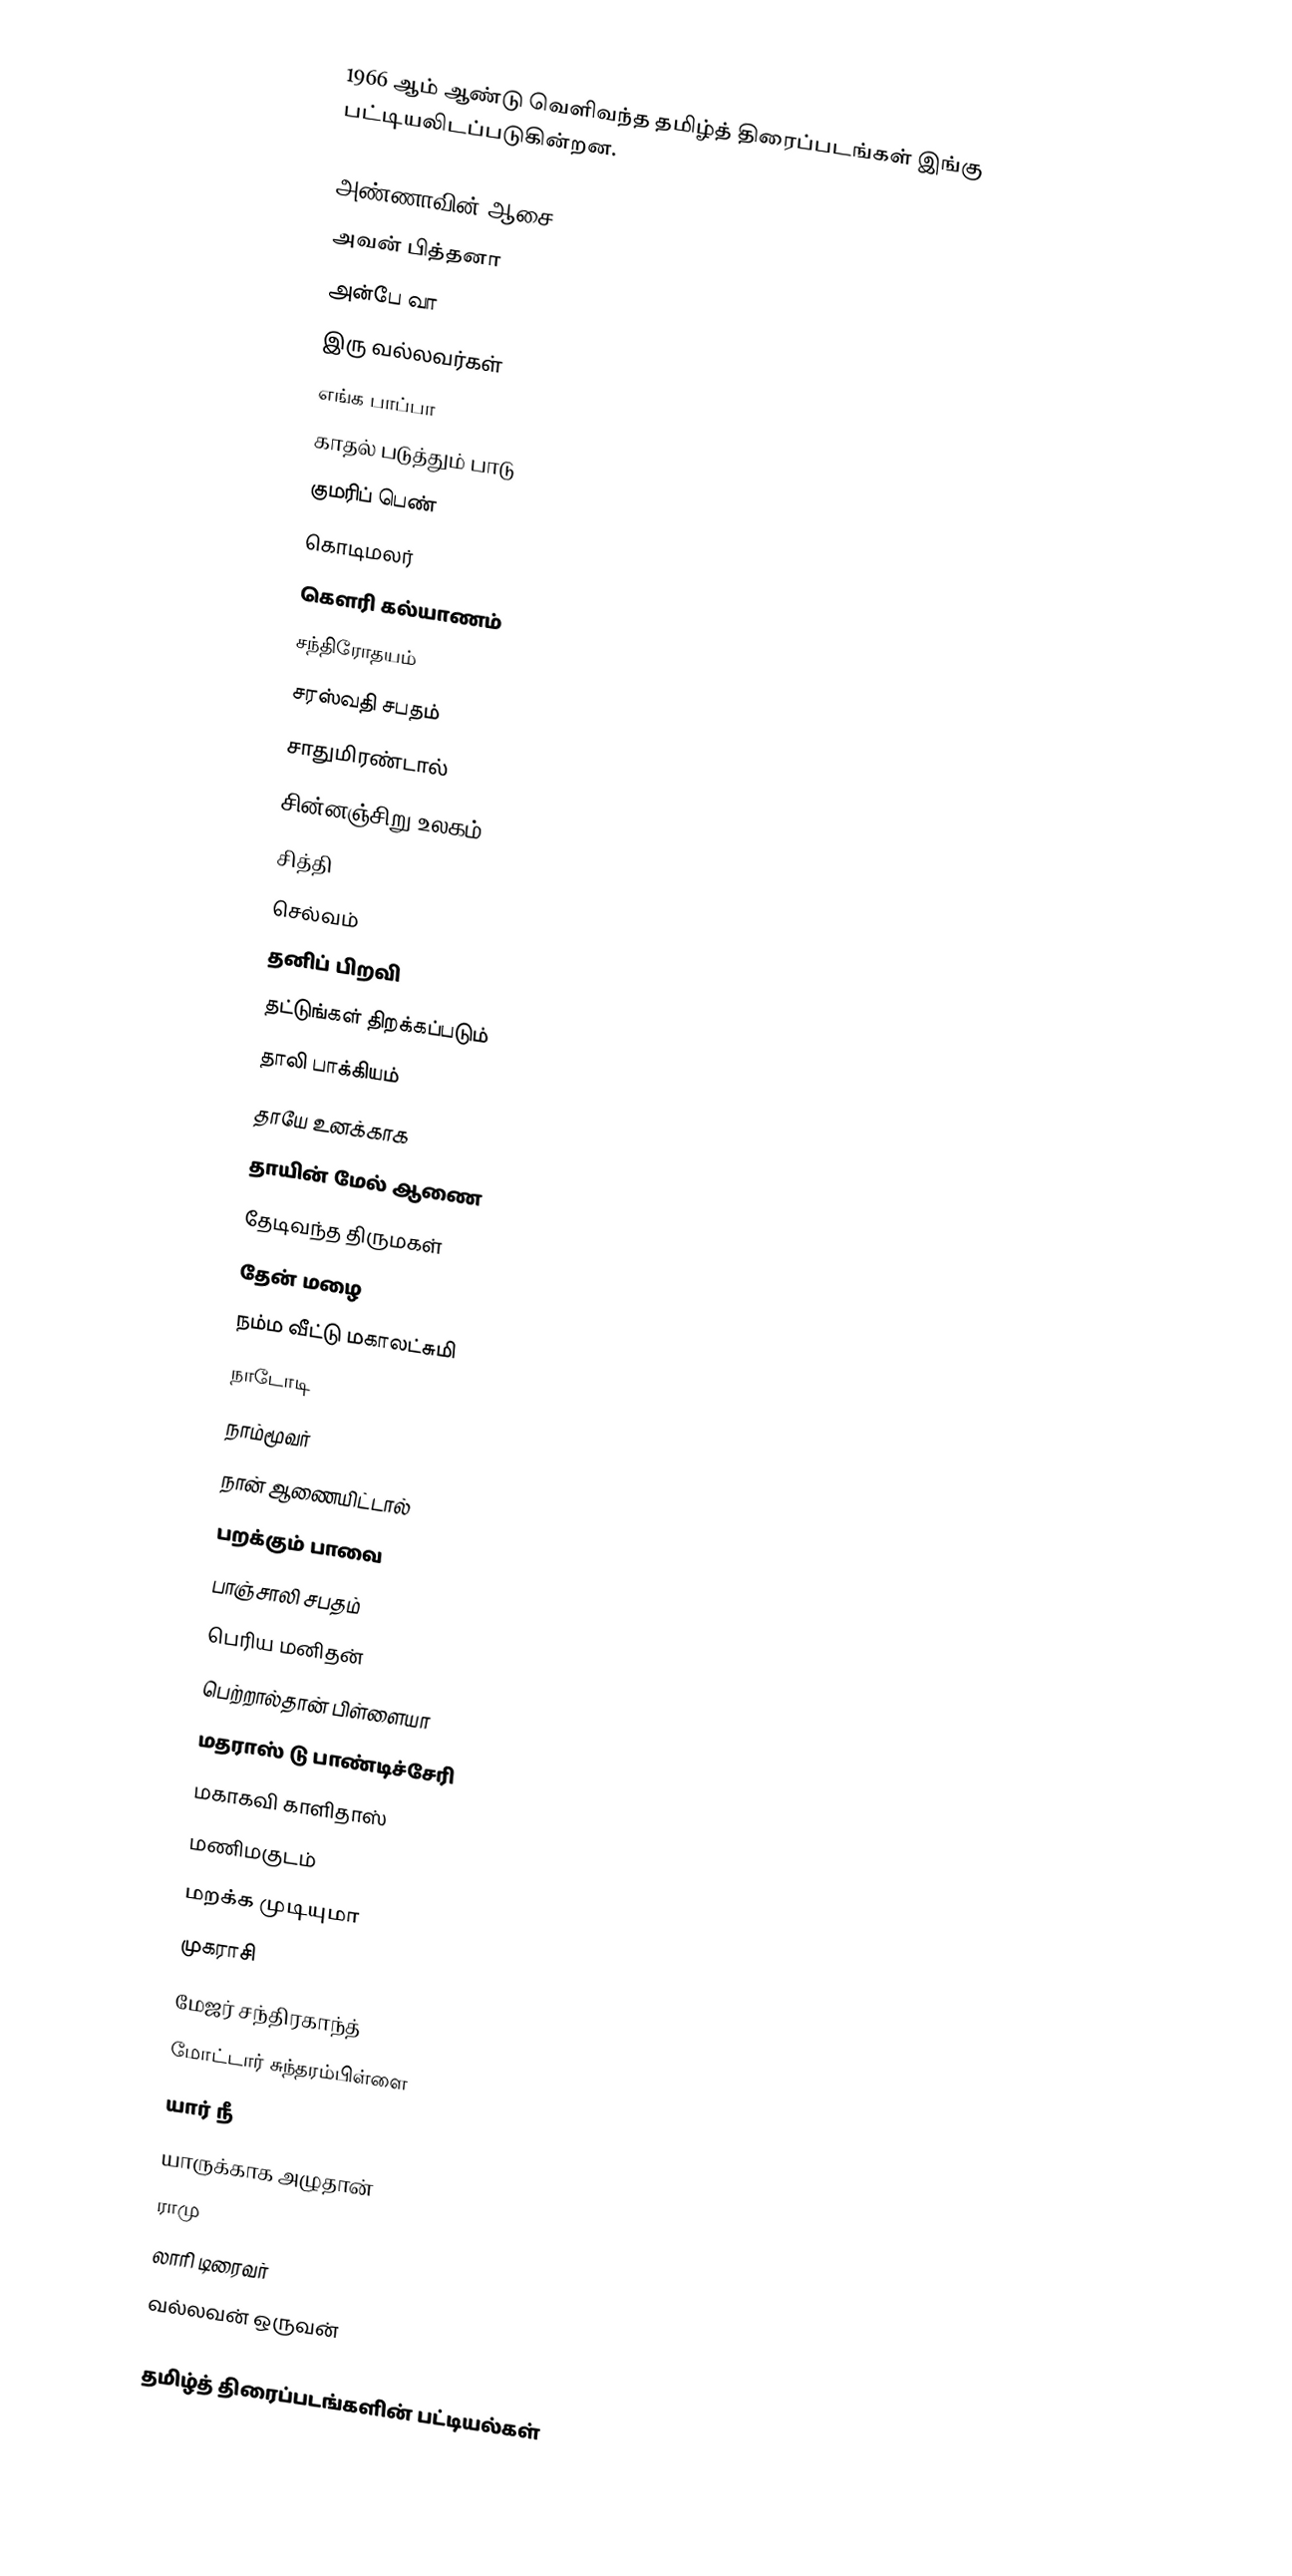
1966 ஆம் ஆண்டு வெளிவந்த தமிழ்த் திரைப்படங்கள் இங்கு பட்டியலிடப்படுகின்றன.

அண்ணாவின் ஆசை
அவன் பித்தனா
அன்பே வா
இரு வல்லவர்கள்
எங்க பாப்பா
காதல் படுத்தும் பாடு
குமரிப் பெண்
கொடிமலர்
கௌரி கல்யாணம்
சந்திரோதயம்
சரஸ்வதி சபதம்
சாதுமிரண்டால்
சின்னஞ்சிறு உலகம்
சித்தி
செல்வம்
தனிப் பிறவி
தட்டுங்கள் திறக்கப்படும்
தாலி பாக்கியம்
தாயே உனக்காக
தாயின் மேல் ஆணை
தேடிவந்த திருமகள்
தேன் மழை
நம்ம வீட்டு மகாலட்சுமி
நாடோடி
நாம்மூவர்
நான் ஆணையிட்டால்
பறக்கும் பாவை
பாஞ்சாலி சபதம்
பெரிய மனிதன்
பெற்றால்தான் பிள்ளையா
மதராஸ் டு பாண்டிச்சேரி
மகாகவி காளிதாஸ்
மணிமகுடம்
மறக்க முடியுமா
முகராசி
மேஜர் சந்திரகாந்த்
மோட்டார் சுந்தரம்பிள்ளை
யார் நீ
யாருக்காக அழுதான்
ராமு
லாரி டிரைவர்
வல்லவன் ஒருவன்

தமிழ்த் திரைப்படங்களின் பட்டியல்கள்